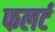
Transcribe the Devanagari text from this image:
फलर्ट